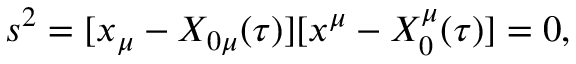
s ^ { 2 } = [ x _ { \mu } - X _ { 0 \mu } ( \tau ) ] [ x ^ { \mu } - X _ { 0 } ^ { \mu } ( \tau ) ] = 0 ,